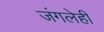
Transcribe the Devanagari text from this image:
जंगलेही